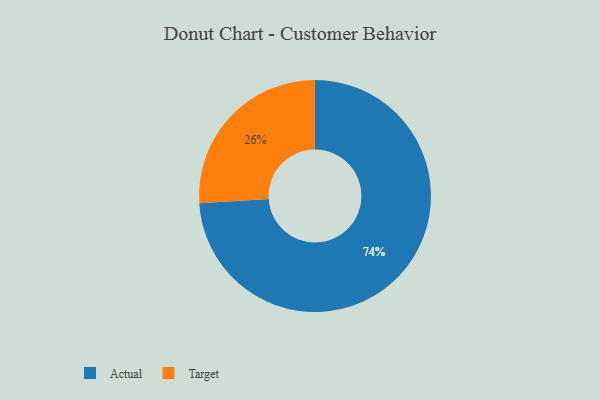
{"axis": {"x": "Category", "y": "Percentage"}, "legend": ["Actual", "Target"], "data": [{"x": "Target", "y": 26, "type": "Target"}, {"x": "Actual", "y": 74, "type": "Actual"}]}